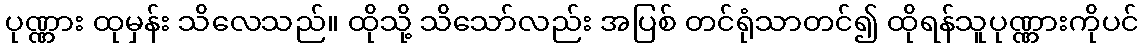
ပုဏ္ဏား ထုမှန်း သိလေသည်။ ထိုသို့ သိသော်လည်း အပြစ် တင်ရုံသာတင်၍ ထိုရန်သူပုဏ္ဏားကိုပင်